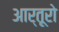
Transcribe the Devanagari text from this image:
आर्तूरो